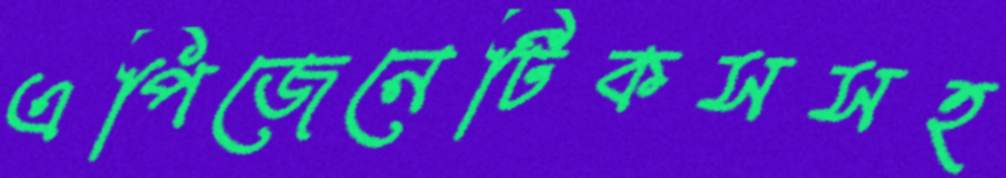
এপিজেনেটিকসসহ